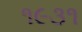
૧૯૩૧